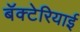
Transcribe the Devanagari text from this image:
बॅक्टेरियाई